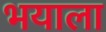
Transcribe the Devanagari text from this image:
भयाला